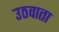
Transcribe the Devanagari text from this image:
उठवाता